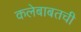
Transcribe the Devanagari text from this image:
कलेबाबतची